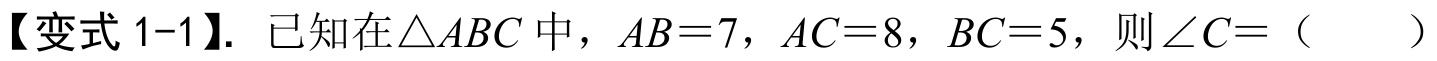
【变式 1-1】. 已知在$\triangle ABC$中，$AB = 7$，$AC = 8$，$BC = 5$，则$\angle C=$（  ）